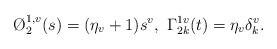
LaTeX: \begin{align*}\O^{1,v}_2(s)= (\eta_v+1) s^v, ~ \Gamma^{1v}_{2 k}(t)=\eta_v \delta^v_k.\end{align*}